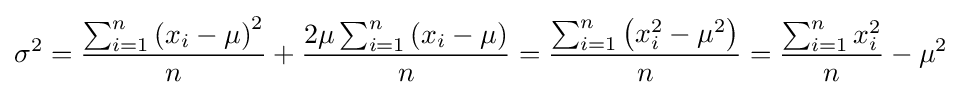
\sigma ^{2}={\frac {\sum _{i=1}^{n}\left(x_{i}-\mu \right)^{2}}{n}}+{\frac {2\mu \sum _{i=1}^{n}\left(x_{i}-\mu \right)}{n}}={\frac {\sum _{i=1}^{n}\left(x_{i}^{2}-\mu ^{2}\right)}{n}}={\frac {\sum _{i=1}^{n}x_{i}^{2}}{n}}-\mu ^{2}